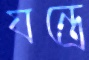
যন্ত্রে